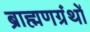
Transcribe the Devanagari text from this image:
ब्राह्मणग्रंथों